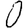
Digit: 0